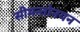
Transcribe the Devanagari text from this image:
सीमन्तोनयन